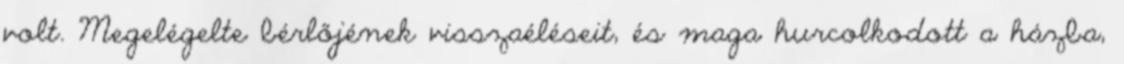
volt. Megelégelte bérlőjének visszaéléseit, és maga hurcolkodott a házba,